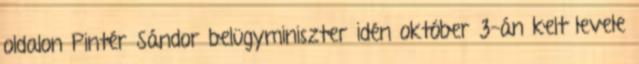
oldalon Pintér Sándor belügyminiszter idén október 3-án kelt levele